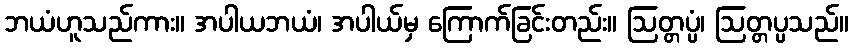
ဘယံဟူသည်ကား။ အပါယဘယံ၊ အပါယ်မှ ကြောက်ခြင်းတည်း။ ဩတ္တပ္ပံ၊ ဩတ္တပ္ပသည်။